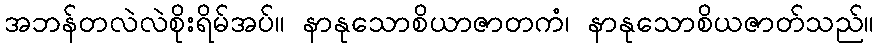
အဘန်တလဲလဲစိုးရိမ်အပ်။ နာနုသောစိယာဇာတကံ၊ နာနုသောစိယဇာတ်သည်။